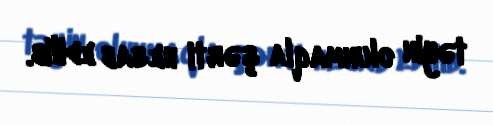
təyin olunmaqla şərti hesab edilib.